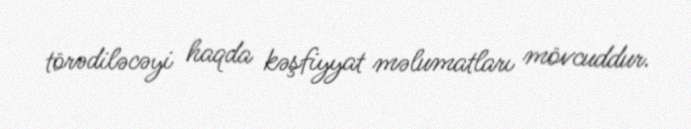
törədiləcəyi haqda kəşfiyyat məlumatları mövcuddur.